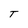
Character: T